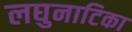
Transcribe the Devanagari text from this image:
लघुनाटिका